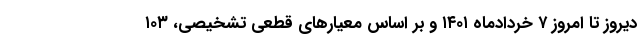
دیروز تا امروز ۷ خردادماه ۱۴۰۱ و بر اساس معیارهای قطعی تشخیصی، ۱۰۳